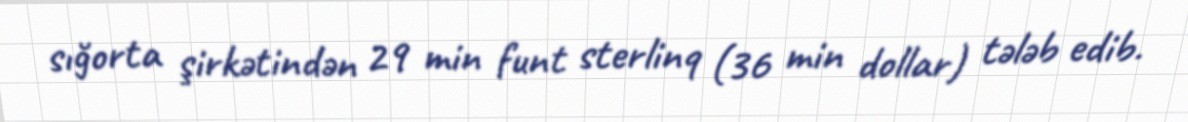
sığorta şirkətindən 29 min funt sterlinq (36 min dollar) tələb edib.